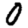
Digit: 0